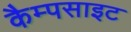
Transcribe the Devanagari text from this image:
कैम्पसाइट